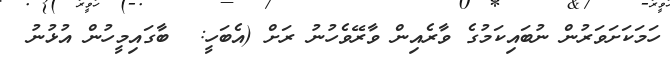
ހަމަކަށަވަރުން ނުބައިކަމުގެ ވާރެއިން ވާރޭވެހުނު ރަށް (އެބަހީ:  ބާގައިމީހުން އުޅުނު